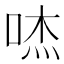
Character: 𱒾